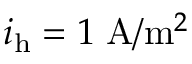
i _ { \mathrm { h } } = 1 \; \mathrm { A } / \mathrm { m } ^ { 2 }